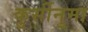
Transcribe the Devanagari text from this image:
कुर्सीनुमा